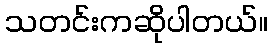
သတင်းကဆိုပါတယ်။